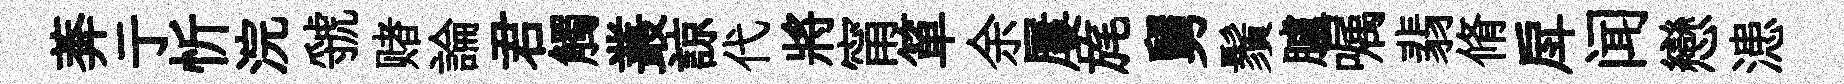
莾亍忻浣虢赌論君觸叢諒代將甯箪余屢旄舅鬚臚嘱翡脩戽闻戀漶